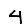
Digit: 4